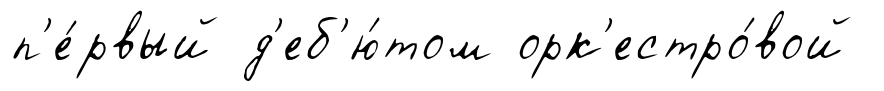
п'е́рвый д'еб'ю́том орк'естро́вой